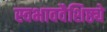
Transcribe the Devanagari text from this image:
स्वभाववैशिष्ठ्ये